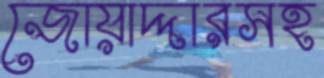
জোয়াদ্দারসহ